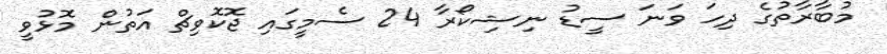
މުބާރާތުގެ ދިހަ ވަނަ ސީޑު ނިޝިކޯރާ 24 ސެމީގައި ޖޮކޮވިޗް އަތުން މޮޅުވީ